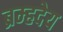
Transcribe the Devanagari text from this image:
ब्रम्हदेय